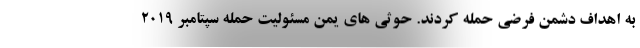
به اهداف دشمن فرضی حمله کردند. حوثی های یمن مسئولیت حمله سپتامبر 2019